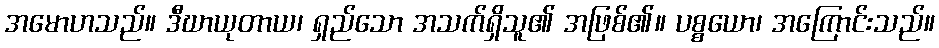
အမောဟသည်။ ဒီဃာယုတာယ၊ ရှည်သော အသက်ရှိသူ၏ အဖြစ်၏။ ပစ္စယော၊ အကြောင်းသည်။